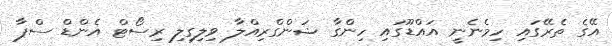
އޭގެ ތެރޭގައި ހިމެނެނީ އައްޑޫގައި ހިންގާ ޝަންގްރިއްލާ ވިލިގިލި ރިސޯޓް އެންޑް ސްޕާ